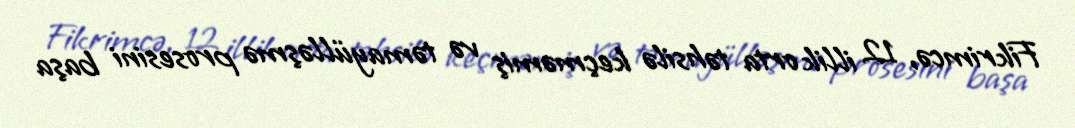
Fikrimcə, 12 illik orta təhsilə keçməmiş və təmayülləşmə prosesini başa